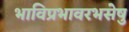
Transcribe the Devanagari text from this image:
भाविप्रभावरभसेषु